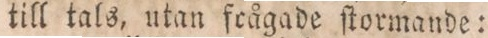
till tals, utan frågade ſtormande:”